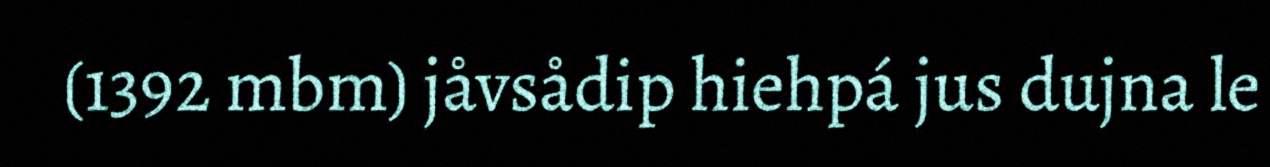
(1392 mbm) jåvsådip hiehpá jus dujna le